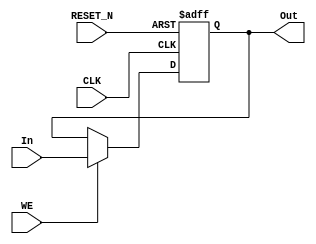
module Reg_RWE  #(
	parameter W = 4
) (
	input 	wire [W-1:0] 	In,
	input 	wire 				WE,		// Write Enable
	input 	wire 				RESET_N,
	input 	wire 				CLK,
	output 	reg  [W-1:0]	Out
);

	initial
		Out = 0;


	always @ (negedge RESET_N or posedge CLK)
	begin

		if (!RESET_N)
			Out <= {W{1'b0}};

		else if (WE)
			Out <= In;
		
	end

endmodule